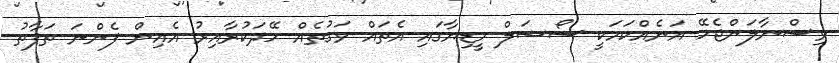
ވިސްނާލަންޖެހޭ އަނެއްކަމަކީ ސޯޝަލް މީޑިޔާގައި އެތައް ވަގުތެއް ހޭދަކުރާއިރު އެއިން ފެންނަ ތަފާތު